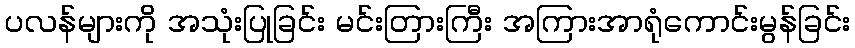
ပလန်များကို အသုံးပြုခြင်း မင်းတြားကြီး အကြားအာရုံကောင်းမွန်ခြင်း